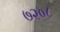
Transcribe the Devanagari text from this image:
७२०८